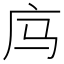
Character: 𰏲